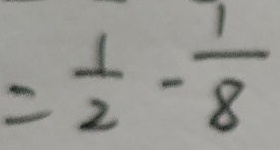
= \frac { 1 } { 2 } - \frac { 1 } { 8 }